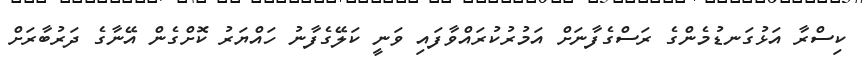
ކިސްރާ އަޅުގަނޑުމެންގެ ރަސްގެފާނަށް އަމުރުކުރައްވާފައި ވަނީ ކަލޭގެފާނު ހައްޔަރު ކޮށްގެން އޭނާގެ ދަރުބާރަށް